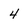
Character: 4